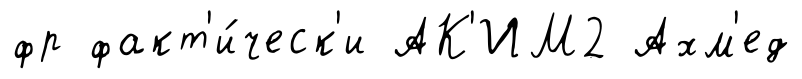
фр факт'и́ческ'и АК'ИМ2 Ахм'ед